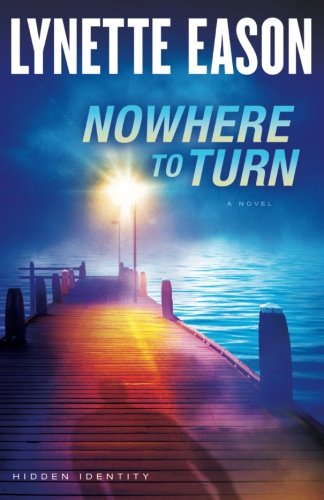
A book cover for Nowhere to Turn (Hidden Identity); Lynette Eason; Romance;